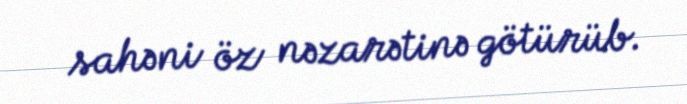
sahəni öz nəzarətinə götürüb.